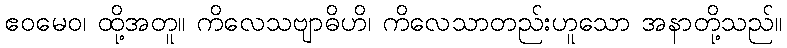
ဧဝမေဝ၊ ထို့အတူ။ ကိလေသဗျာဓိဟိ၊ ကိလေသာတည်းဟူသော အနာတို့သည်။